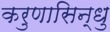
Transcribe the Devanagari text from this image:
करुणासिन्धु